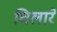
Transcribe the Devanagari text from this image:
चिलारे